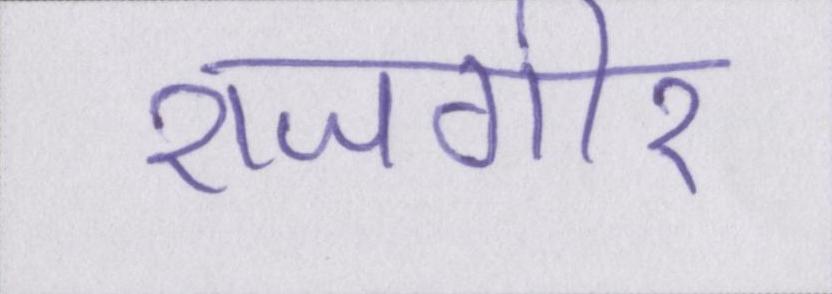
राजगीर